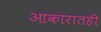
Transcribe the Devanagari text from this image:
आकारातही